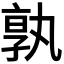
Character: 𭓔